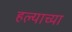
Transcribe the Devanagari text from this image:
हल्याच्या